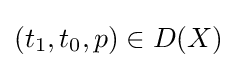
(t_{1},t_{0},p)\in D(X)